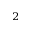
^ 2